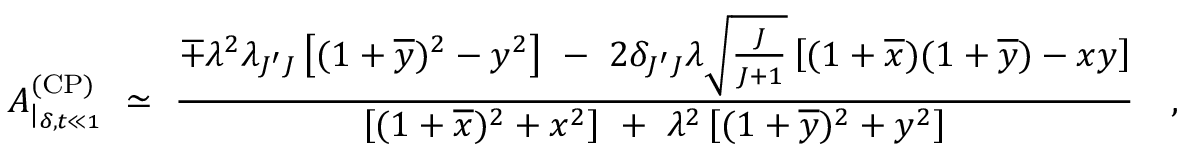
A _ { | _ { \delta , t \ll 1 } } ^ { ( \mathrm { C P } ) } \ \simeq \ \frac { \mp \lambda ^ { 2 } \lambda _ { J ^ { \prime } J } \left[ ( 1 + \overline { { { y } } } ) ^ { 2 } - y ^ { 2 } \right] \ - \ 2 \delta _ { J ^ { \prime } J } \lambda \sqrt { \frac { J } { J + 1 } } \left[ ( 1 + \overline { { { x } } } ) ( 1 + \overline { { { y } } } ) - x y \right] } { \left[ ( 1 + \overline { { { x } } } ) ^ { 2 } + x ^ { 2 } \right] \ + \ \lambda ^ { 2 } \left[ ( 1 + \overline { { { y } } } ) ^ { 2 } + y ^ { 2 } \right] } \ \ \ ,